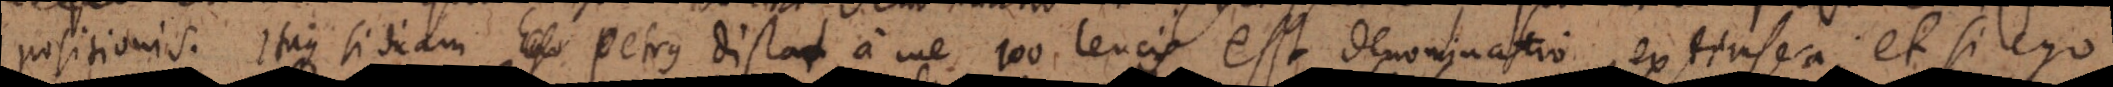
positionis. Itaque si dicam Ego Petrus distat a me 100 leucis est denominatio extrinseca, et si ego